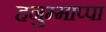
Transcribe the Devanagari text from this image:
हनुम्माप्पा